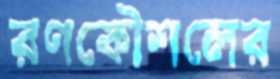
রণকৌশলের